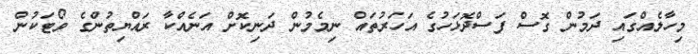
މިހާލެއްގައި ދަމުން ގޮސް ފަސްދޮޅަހުގެ އަހަރުތައް ނިމެމުން ދަނިކޮށް އަނެއްކާ ރައްޔިތުންގެ ވޯޓަކުން